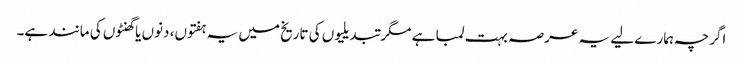
اگرچہ ہمارے لیے یہ عرصہ بہت لمبا ہے مگر تبدیلیوں کی تاریخ میں یہ ہفتوں، دنوں یا گھنٹوں کی مانند ہے۔